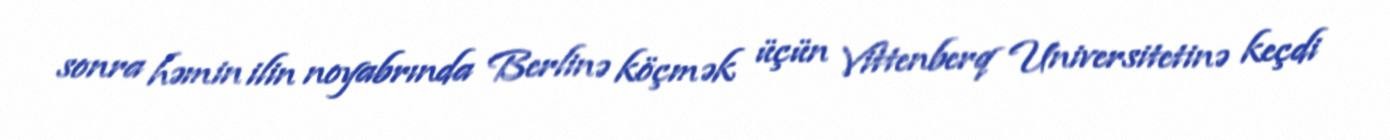
sonra həmin ilin noyabrında Berlinə köçmək üçün Vittenberq Universitetinə keçdi